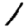
Digit: 1